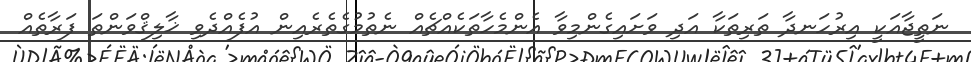
ނަތީޖާއަކީ އިރުހަނދާ ތަރިތަކާ އަދި ވަށައިގެންމިވާ އެންމެހާތަކެއްޗެއް ނެތުމުގެތެރެއިން އުފެއްދެވި ޚާލިޤްވަންތަ ފަރާތެއް